Annual report of the Imperial Bacteriologist
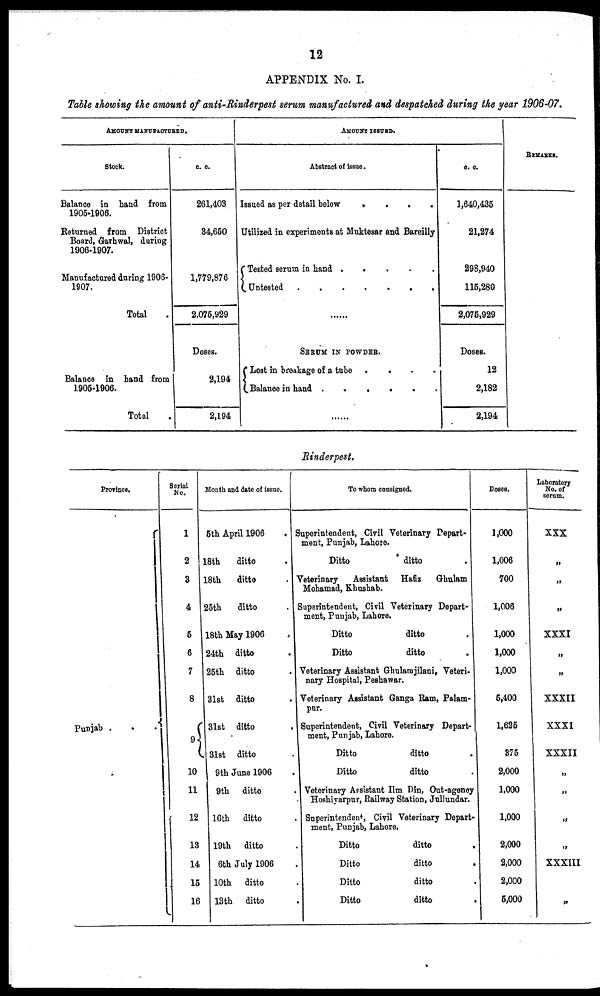
12
APPENDIX No. I.
Table showing the amount of anti-Rinderpest serum manufactured and despatched during the year 1906-07.
AMOUNT MANUFACTURED.
Stock.
Balance in hand from
1905-1906.
Returned from District
Board, Garhwal, during
1906-1907.
Manufactured during 1906-
1907.
Total
Balance in hand from
1905-1906.
Total
c. c.
261,403
34,650
1,779,876
2,075,929
Doses.
2,194
2,194
AMOUNT ISSUED.
Abstract of issue.
Issued as per detail below
.
.
. .
Utilized in experiments at Muktesar and Bareilly
{ Tested serum in hand
.
.
.
.
.
Untested
.
.
.
.
.
.
SERUM IN POWDER.
{ Lost in breakage of a tube
....
Balance in hand
......
c. c.
1,640,435
21,274
298,940
115,280
2,075,929
Doses.
12
2,182
2,194
REMARKS.
Rinderpest.
Province.
Punjab .
.{
Serial
No.
1
2
3
4
5
6
7
8
9{
10
11
12
13
14
15
16
Month and date of issue.
5th April 1906 .
18th
ditto .
18th
ditto .
25th
ditto .
18th May 1906 .
24th ditto .
25th ditto .
31st ditto .
31st ditto .
31st ditto .
9th June 1906 .
9th ditto .
16th ditto .
19th ditto .
6th July 1906 .
10th ditto .
13th ditto .
To whom consigned.
Superintendent, Civil Veterinary Depart-
ment, Punjab, Lahore.
Ditto
ditto .
Veterinary
Assistant Hafiz
Ghulam
Mohamad, Khushab.
Superintendent, Civil Veterinary Depart¬
ment, Punjab, Lahore.
Ditto
ditto .
Ditto
ditto .
Veterinary Assistant Ghulamjilani, Veteri-
nary Hospital, Peshawar.
Veterinary Assistant Ganga Ram, Palam-
pur.
Superintendent, Civil Veterinary Depart-
ment, Punjab, Lahore.
Ditto
ditto .
Ditto
ditto .
Veterinary Assistant Ilm Din, Out-agency
Hoshiyarpur, Railway Station, Jullundar.
Superintendent, Civil Veterinary Depart-
ment, Punjab, Lahore.
Ditto
ditto
.
Ditto
ditto
.
Ditto
ditto .
Ditto
ditto .
DOSES.
1,000
1,006
700
1,006
1,000
1,000
1,000
5,400
1,625
375
2,000
1,000
1,000
2,000
2,000
2,000
5,000
Laboratory
No. of
serum.
XXX
„
„
„
XXXI
„
„
XXXII
XXXI
XXXII
„
„
„
„
XXXIII
„